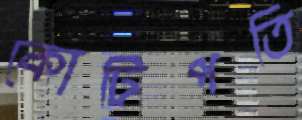
কোটিপতি